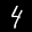
Label: 4